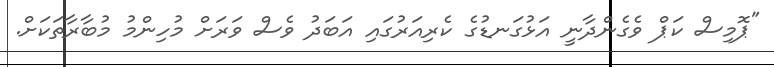
"ޕޮމިސް ކަޕް ވެގެންދާނީ އަޅުގަނޑުގެ ކެރިއަރުގައި އަބަދު ވެސް ވަރަށް މުހިންމު މުބާރާތަކަށް.